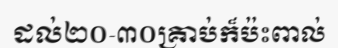
ដល់២០-៣០គ្រាប់ក៏ប៉ះពាល់